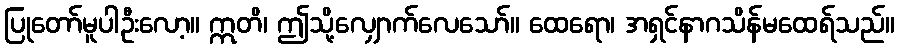
ပြုတော်မူပါဦးလော့။ ဣတိ၊ ဤသို့လျှောက်လေသော်။ ထေရော၊ အရှင်နာဂသိန်မထေရ်သည်။